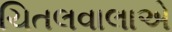
ચિતલવાલાએ